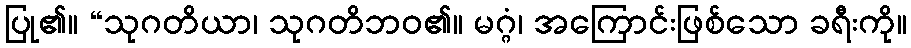
ပြု၏။ “သုဂတိယာ၊ သုဂတိဘဝ၏။ မဂ္ဂံ၊ အကြောင်းဖြစ်သော ခရီးကို။